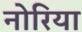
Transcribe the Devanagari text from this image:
नोरिया